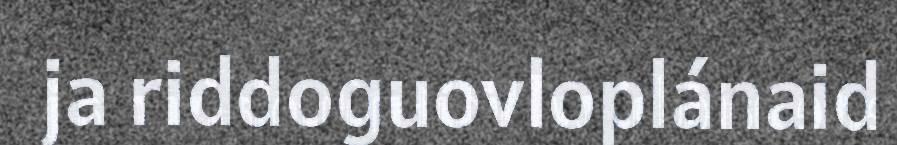
ja riddoguovloplánaid